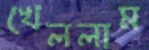
খেললাম